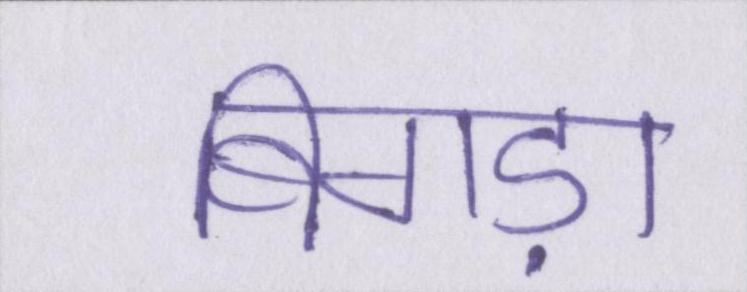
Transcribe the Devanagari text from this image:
बिगड़ा